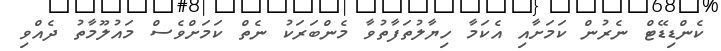
ކެންޑިޑޭޓް ނެރުން ކަމަށާއި އެކަމާ ހިޔާލުތަފާތުވާ މެންބަރަކު ނެތް ކަމަށްވެސް މައުލޫމާތު ދެއްވި